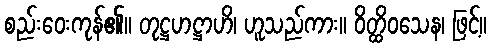
စည်းဝေးကုန်၏။ တုဋ္ဌဟဋ္ဌာဟိ၊ ဟူသည်ကား။ ဝိတ္ထိဝသေန၊ ဖြင့်။